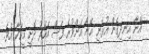
އޭނާ އިނދިގެން އުޅެނީ އޭނާ އަށްވުރެ ފަސް އަހަރު ދޮށީ މީހަކާ އެވެ.